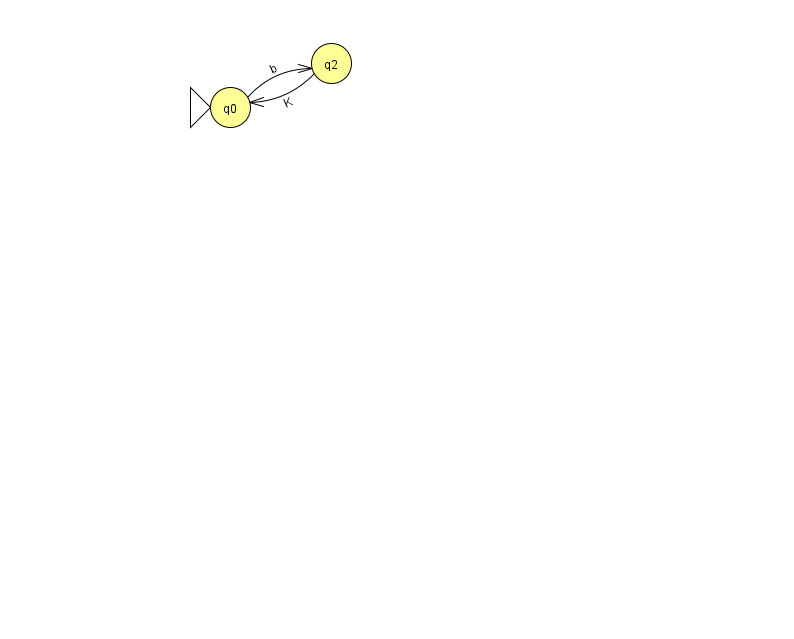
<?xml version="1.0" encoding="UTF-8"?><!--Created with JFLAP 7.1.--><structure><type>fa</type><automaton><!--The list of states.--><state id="0" name="q0"><x>230.0</x><y>94.0</y><initial/></state><state id="2" name="q2"><x>331.0</x><y>50.0</y></state><!--The list of transitions.--><transition><from>0</from><to>2</to><read>b</read></transition><transition><from>2</from><to>0</to><read>K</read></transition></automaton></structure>